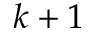
k + 1